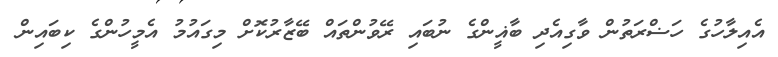
އެއިލާހުގެ ހަޟްރަތުން ވާގިއެދި ބާޣީންގެ ނުބައި ރޭވުންތައް ބޭޒާރުކޮށް މިގައުމު އެމީހުންގެ ކިބައިން